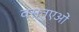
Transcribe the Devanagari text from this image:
वस्तुएओं